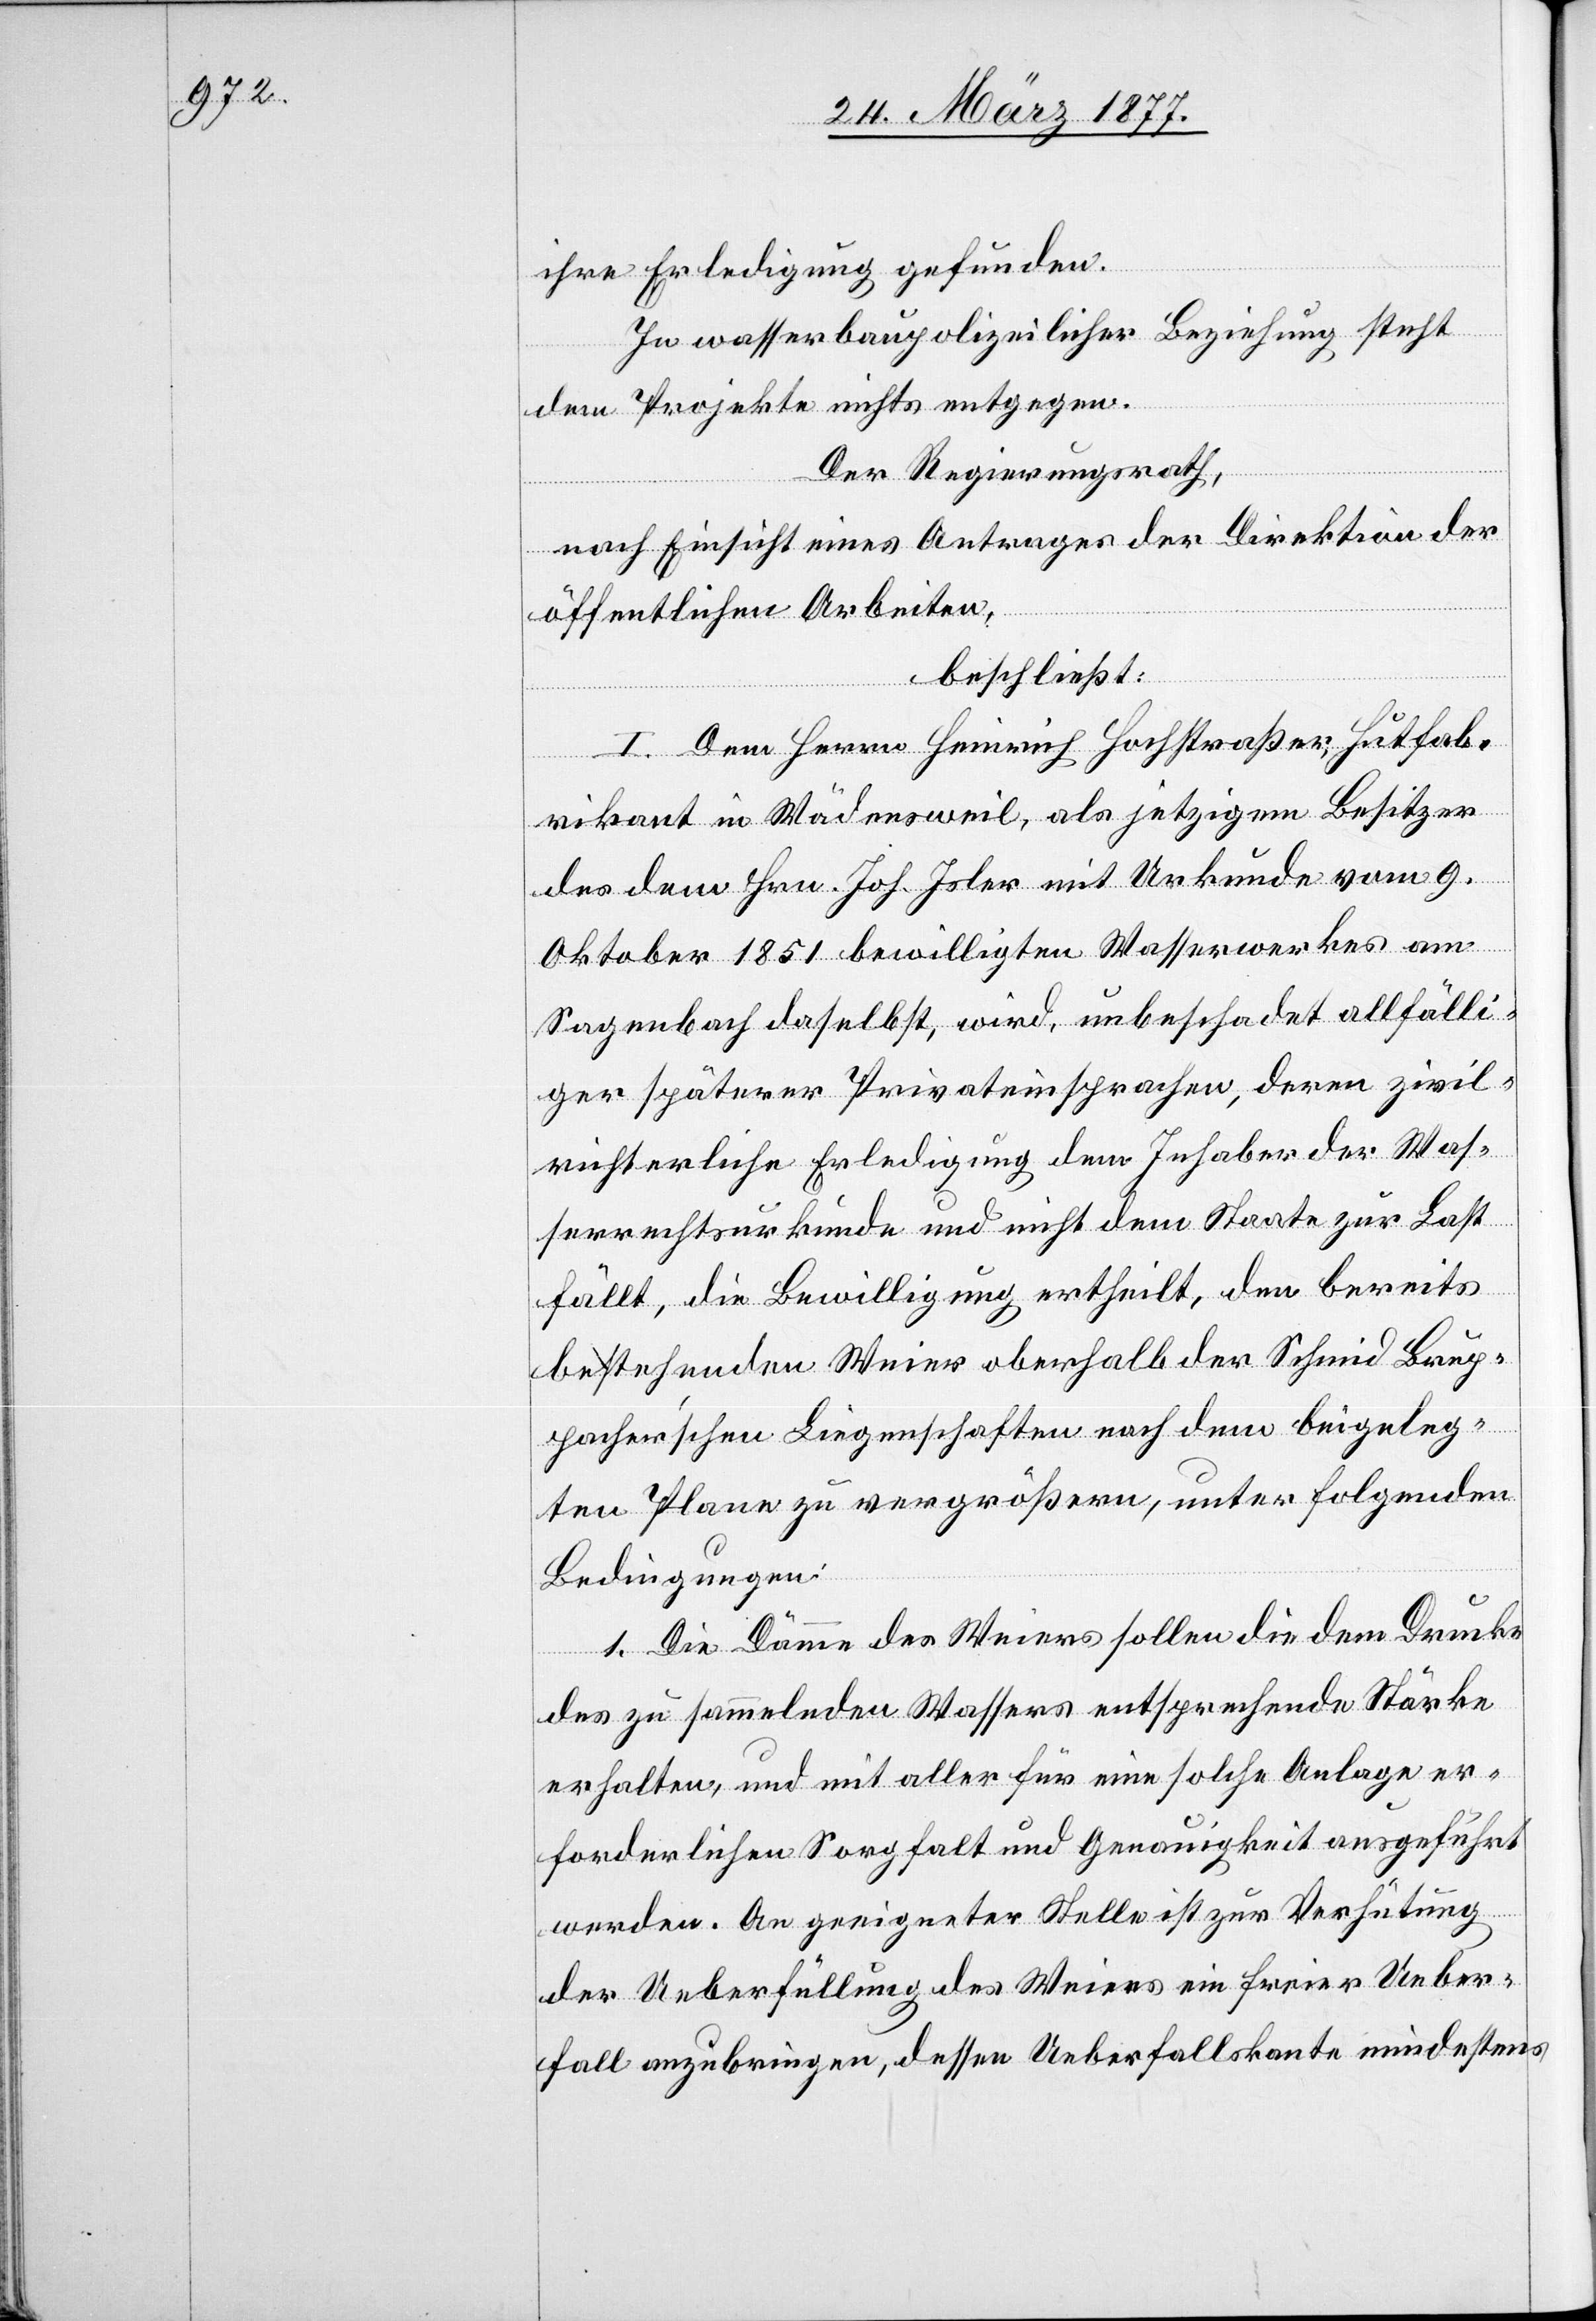
ihre Erledigung gefunden.
In wasserbaupolizeilicher Beziehung steht
dem Projekte nichts entgegen.
Der Regierungsrath,
nach Einsicht eines Antrages der Direktion der
öffentlichen Arbeiten,
beschließt:
I. Dem Herrn Heinrich Hochstraßer, Hutfab¬
rikant in Wädensweil, als jetzigem Besitzer
des dem Hrn. Joh. Isler mit Urkunde vom 9.
Oktober 1851 bewilligten Wasserwerkes am
Sagenbach daselbst, wird, unbeschadet allfälli¬
ger späterer Privateinsprachen, deren zivil¬
richterliche Erledigung dem Inhaber der Was¬
serrechtsurkunde und nicht dem Staate zur Last
fällt, die Bewilligung ertheilt, den bereits
bestehenden Weier oberhalb der Schmid Brup¬
pacher’schen Liegenschaften nach dem beigeleg¬
ten Plane zu vergrößern, unter folgenden
Bedingungen:
1. Die Dämme des Weiers sollen die dem Drucke
des zu sammelnden Wassers entsprechende Stärke
erhalten, und mit aller für eine solche Anlage er¬
forderlichen Sorgfalt und Genauigkeit ausgeführt
werden. An geeigneter Stelle ist zur Verhütung
der Ueberfüllung des Weiers ein freier Ueber¬
fall anzubringen, dessen Ueberfallskante mindestens